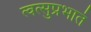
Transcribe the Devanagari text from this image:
त्वत्सुप्रभातं